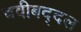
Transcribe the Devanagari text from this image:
चवीबद्दल